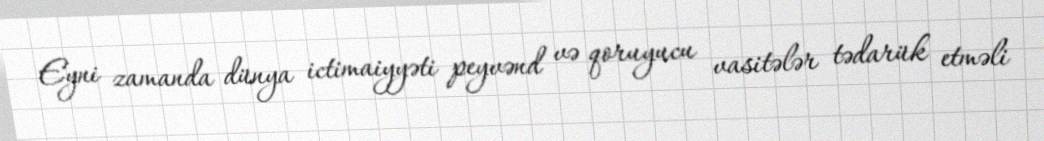
Eyni zamanda dünya ictimaiyyəti peyvənd və qoruyucu vasitələr tədarük etməli